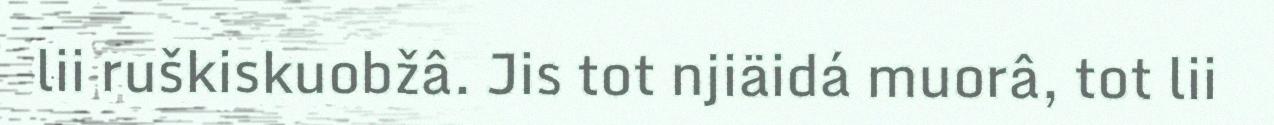
lii ruškiskuobžâ. Jis tot njiäidá muorâ, tot lii